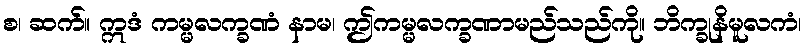
စ၊ ဆက်။ ဣဒံ ကမ္မလက္ခဏံ နာမ၊ ဤကမ္မလက္ခဏာမည်သည်ကို။ ဘိက္ခုနိမူလကံ၊